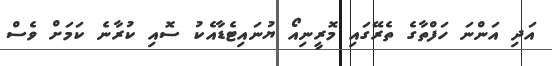
އަދި އަންނަ ހަފްތާގެ ތެރޭގައި މޮރީނިއޯ ޔުނައިޓެޑާއެކު ސޮއި ކުރާނެ ކަމަށް ވެސް